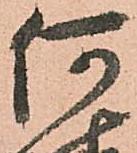
何